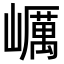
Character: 巁